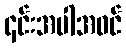
၎င်းအပါအဝင်